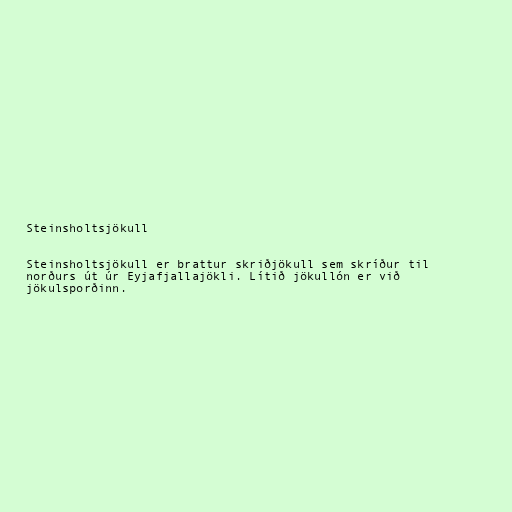
Steinsholtsjökull

Steinsholtsjökull er brattur skriðjökull sem skríður til
norðurs út úr Eyjafjallajökli. Lítið jökullón er við
jökulsporðinn.